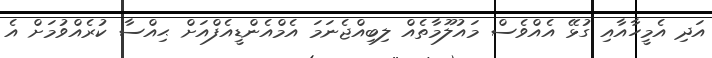
އަދި އެމީހާއާއި ގުޅޭ އެއްވެސް މައުލޫމާތެއް ލިބިއްޖެނަމަ އެމްއެންޑީއެފްއަށް ޙިއްސާ ކުރެއްވުމަށް އެ